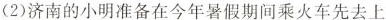
(2) 济南的小明准备在今年暑假期间乘火车先去上